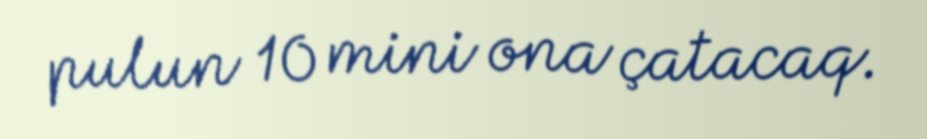
pulun 10 mini ona çatacaq.